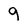
Character: 9